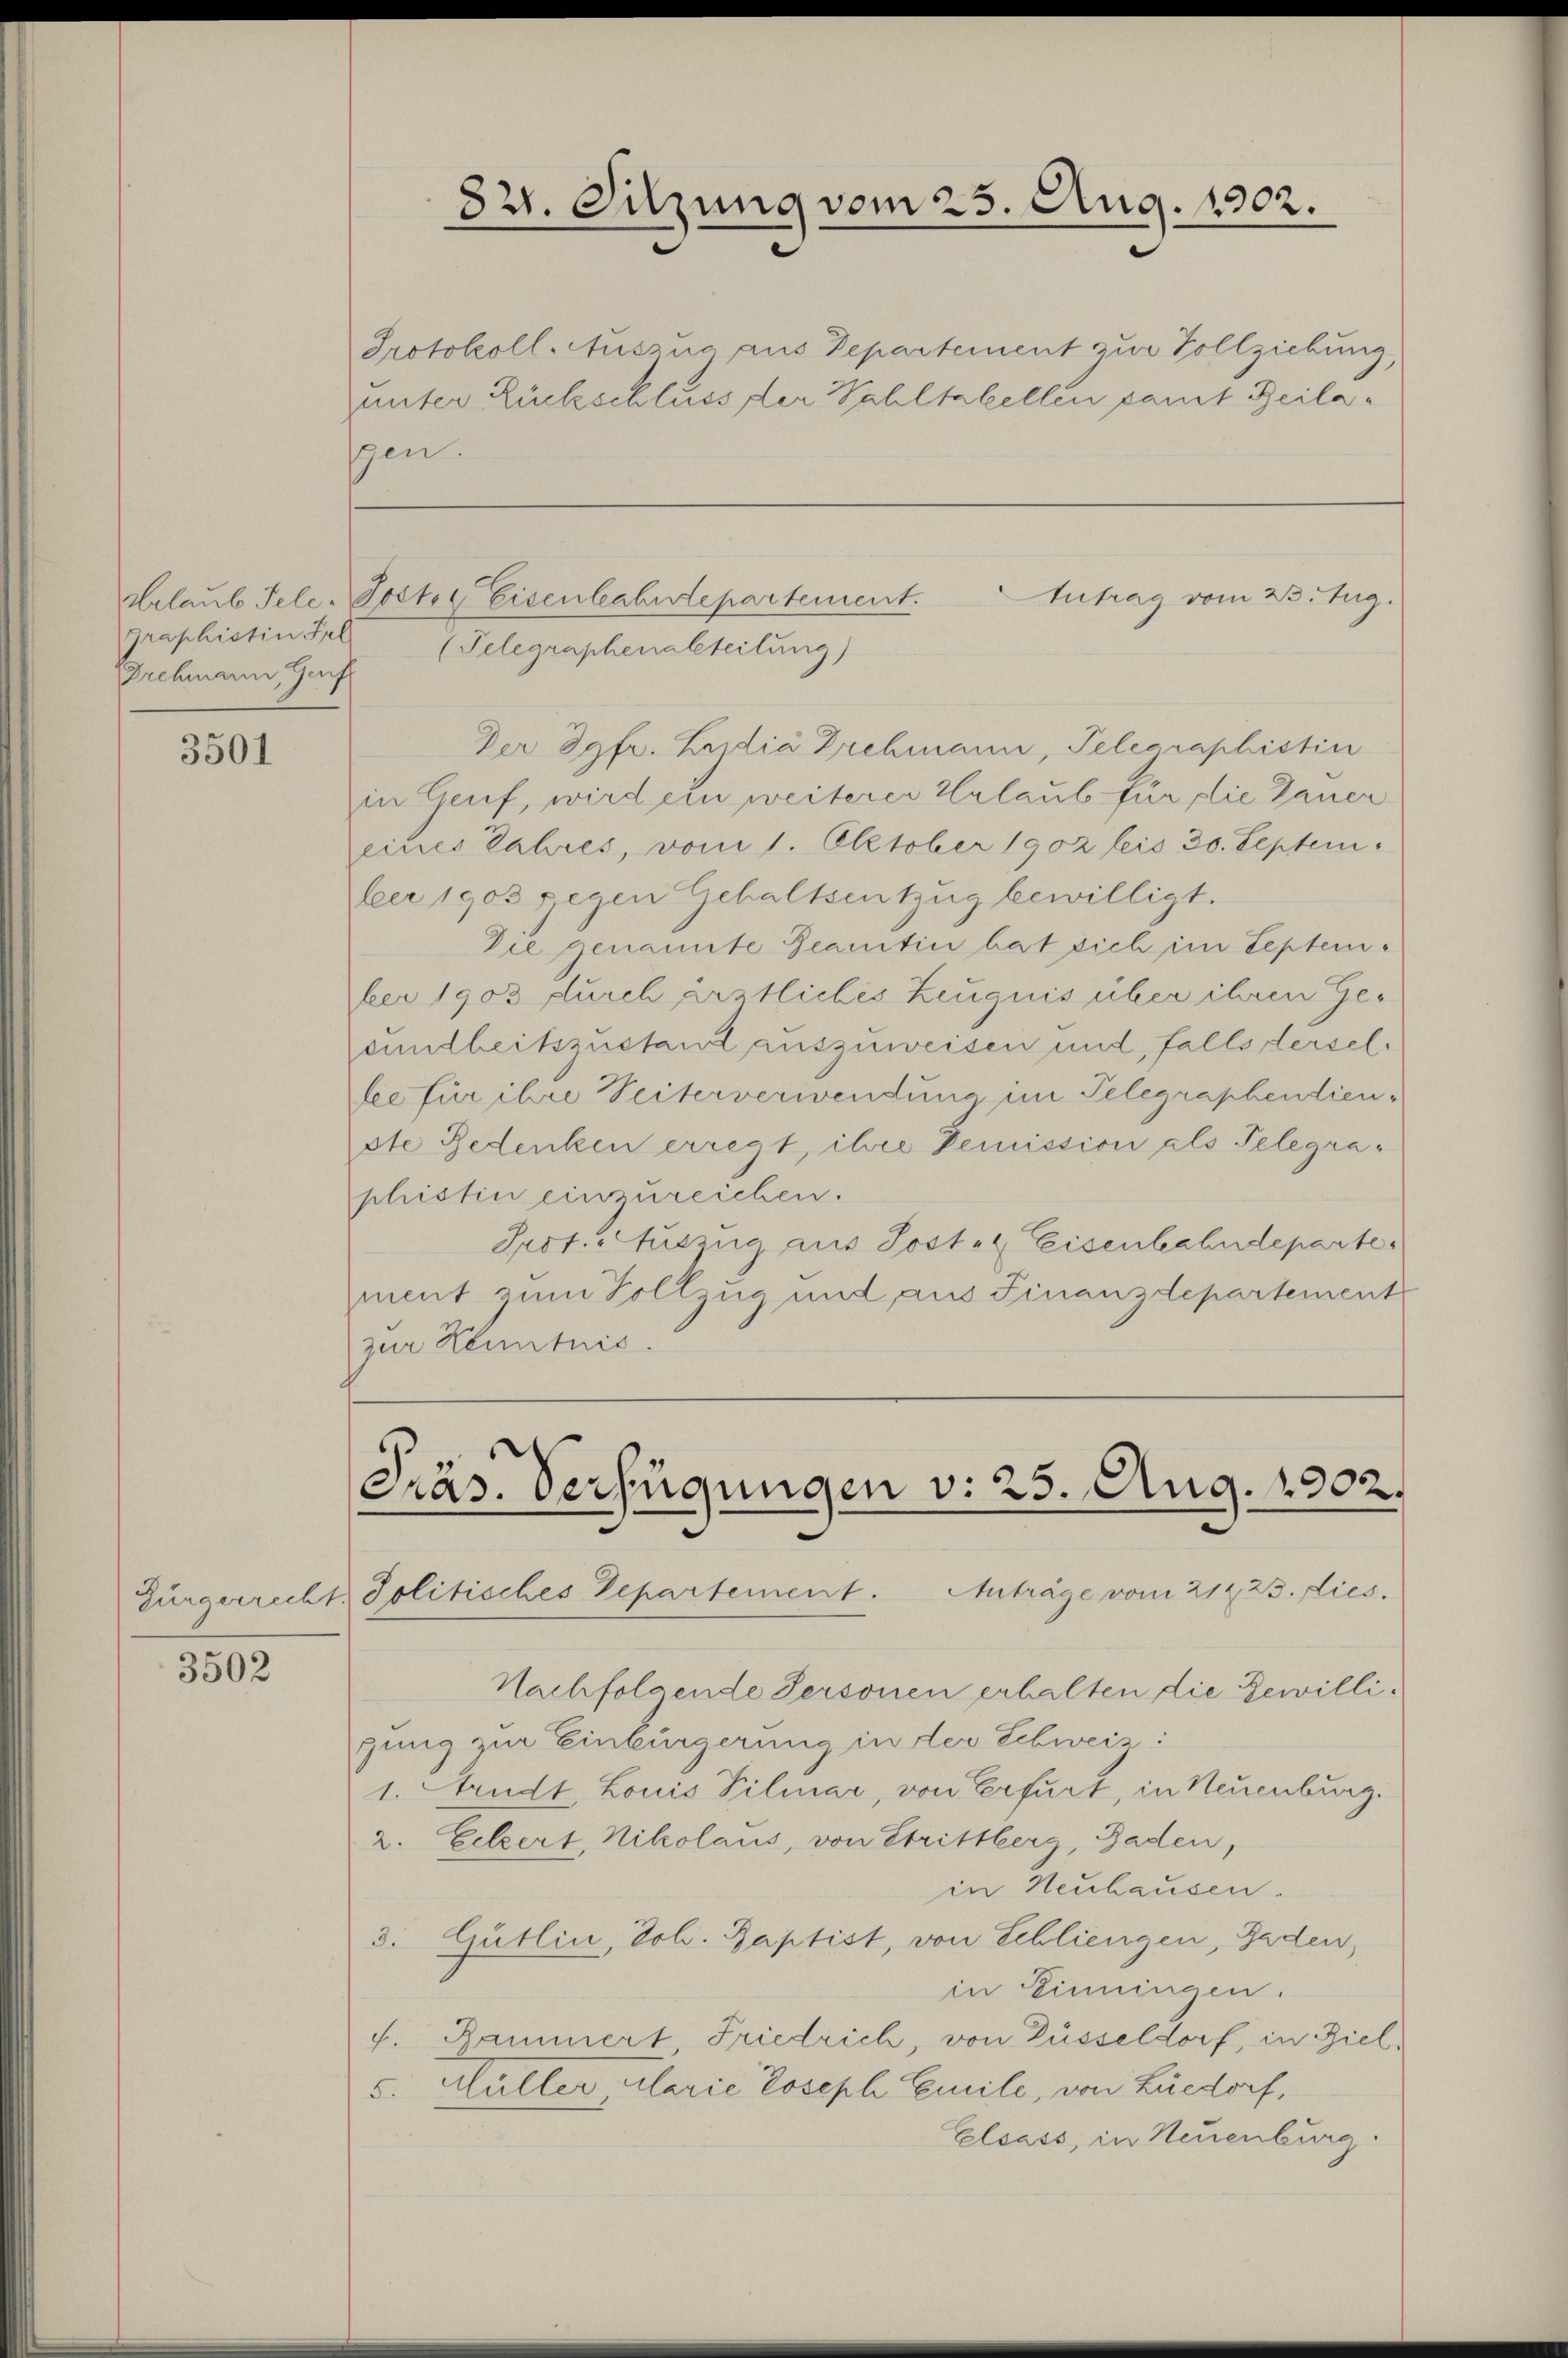
graphistin Fel
Irchmann, Genf

3501

3502

821. Sitzung vom 25. Aug. 1902.

Protokoll-Auszug aus Departement zur Vollziehung,
unter Rückschluss der Wahltabellen damit Beilagen.

tutrag vom 23. Zug.
Urlaub Tele-Post. Eisenbahndepartement.
(Telegraphenabteilung)

Der Jgfr. Zudia Drehmann, Telegraphistin
in Genf, wird ein weiterer Urlaub für die Dauer
eines Jahres, vom 1. Oktober 1902 bis 30. Septem
ber 1903 gegen Gehaltsentzug bewilligt.
Die genannte Beamtin hat sich im September 1903 durch ärztliches Zeugnis über ihren Gesundheitszustand auszuweisen und, falls derselfee für ihre Seiterverwendung im Telegraphendienste Bedenken erregt, ihre Demission als Telegraphistin einzureichen.
Prof. Auszug aus Sost. Eisenbahndepartement zum Vollzug und aus Finanzdepartement
zur Kenntnis.

Präs. Verfügungen v. 25. Aug. 1902.
Anträge vom 214, 23. dies
Bürgerrecht, Politisches Departement.

Nachfolgende Personen erhalten die Gewilligung zur Einbürgerung in der Schweiz:
1. Arndt. Louis Pilmar, von Erfurt, in Neuenburg.
2. Eckert, Nikolaus, von Strittberg, Baden,
in Neuhausen.
3. Gütlin, Joh. Baptist, von Schliengen, Gaden,
in Einningen.
f. Rammert, Friedrich, von Züsseldorf, in Ziel¬
5. Hüller, Alarie Joseph Emile, von Luedorf,
Elsass, in Neuenburg.